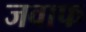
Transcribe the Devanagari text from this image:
जवाफ